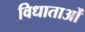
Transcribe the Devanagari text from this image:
विधाताओं